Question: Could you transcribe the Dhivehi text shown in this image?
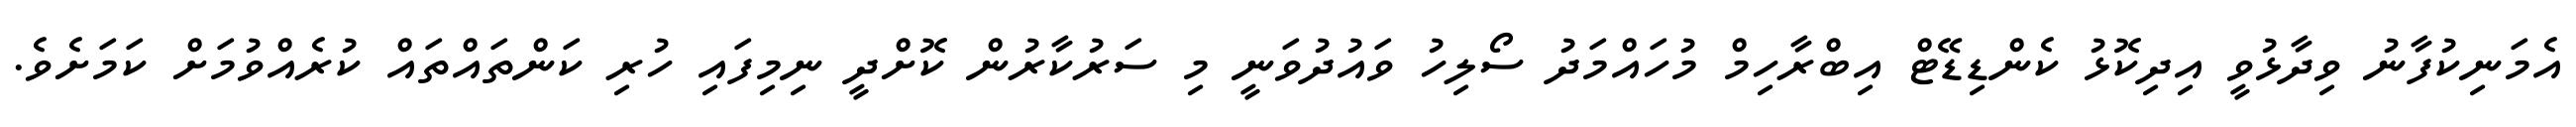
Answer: އެމަނިކުފާނު ވިދާޅުވީ އިދިކޮޅު ކެންޑިޑޭޓް އިބްރާހިމް މުހައްމަދު ސޯލިހު ވައުދުވަނީ މި ސަރުކާރުން ކޮށްދީ ނިމިފައި ހުރި ކަންތައްތައް ކުރެއްވުމަށް ކަމަށެވެ.